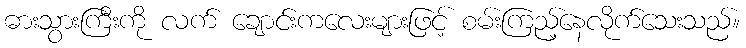
ဓားသွားကြီးကို လက် ချောင်းကလေးများဖြင့် စမ်းကြည့်နေလိုက်သေးသည်။